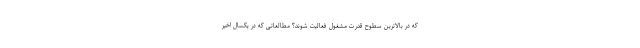
که در بالاترین سطوح قدرت مشغول فعالیت شوند؟ مطالعاتی که در یکسال اخیر